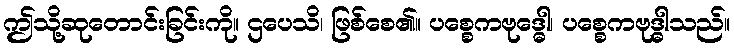
ဤသို့ဆုတောင်းခြင်းကို။ ဌပေသိ၊ ဖြစ်စေ၏။ ပစ္စေကဗုဒ္ဓေါ၊ ပစ္စေကဗုဒ္ဓါသည်။